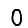
Digit: 0